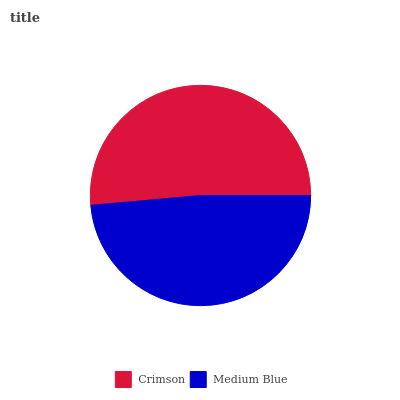
| Crimson | Medium Blue |
 | --- | --- |
 | 51.4% | 48.6% |